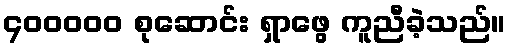
၄၀၀၀၀၀ စုဆောင်း ရှာဖွေ ကူညီခဲ့သည်။